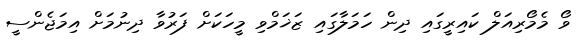
ވޯ މެމޯރިއަލް ކައިރީގައި ދިން ހަމަލާގައި ޒަޚަމްވި މީހަކަށް ފަރުވާ ދިނުމަށް އިމަޖެންސީ